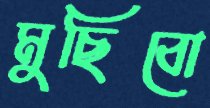
মুছিবো